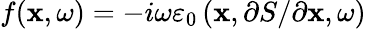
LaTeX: f(\mathbf{x},\omega)=-i\omega\varepsilon_{0}\left(\mathbf{x},\partial S/\partial\mathbf{x},\omega\right)